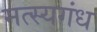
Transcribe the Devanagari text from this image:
मत्स्यगंध